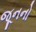
જૂનનો